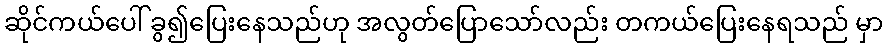
ဆိုင်ကယ်ပေါ် ခွ၍ပြေးနေသည်ဟု အလွတ်ပြောသော်လည်း တကယ်ပြေးနေရသည် မှာ